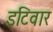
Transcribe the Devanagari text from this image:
इटिवार